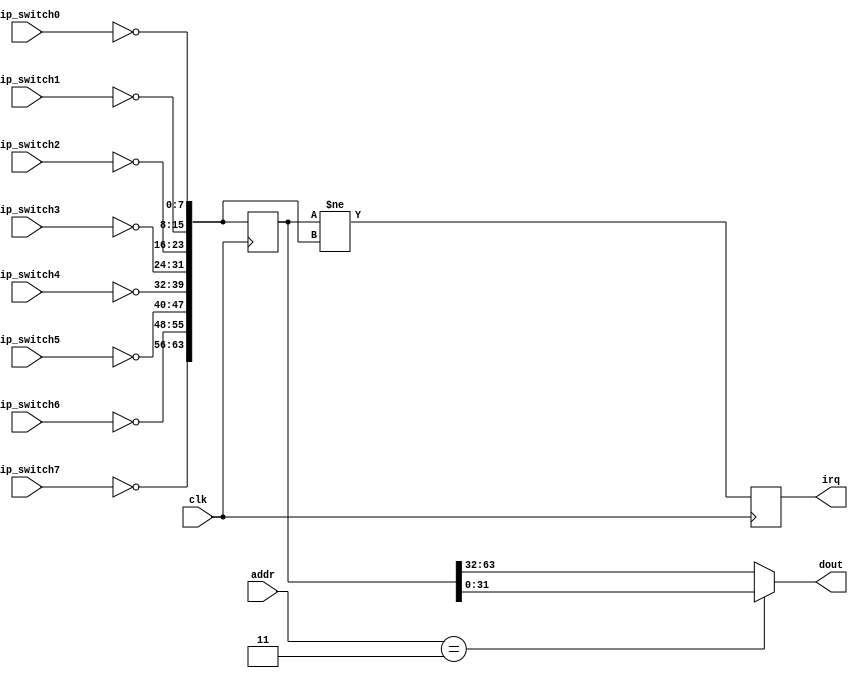
`timescale 1ns / 1ps
//////////////////////////////////////////////////////////////////////////////////
// Company: 
// Engineer: 
// 
// Design Name: 
// Module Name:    switch64 
// Project Name: 
// Target Devices: 
// Tool versions: 
// Description: 
//
// Dependencies: 
//
// Revision: 
// Revision 0.01 - File Created
// Additional Comments: 
//
//////////////////////////////////////////////////////////////////////////////////
module switch64(
	input clk,
	input[7:0] dip_switch0,
	input[7:0] dip_switch1,
	input[7:0] dip_switch2,
	input[7:0] dip_switch3,
	input[7:0] dip_switch4,
	input[7:0] dip_switch5,
	input[7:0] dip_switch6,	
	input[7:0] dip_switch7,
	input[2:0] addr,
	output irq,
	output[31:0] dout
    );
	 reg [63:0] sit;
	 reg inter;
	 wire [63:0] sitwi;
	 assign dout = (addr==3'b011)?sit[31:0]:sit[63:32];
	assign sitwi = {~dip_switch7,~dip_switch6,~dip_switch5,~dip_switch4,~dip_switch3,~dip_switch2,~dip_switch1,~dip_switch0};
	assign irq = inter;
	always@(posedge clk)begin
	/*
		if(!rst)begin
			sit<=64'hffff_ffff_ffff_ffff;
			inter<=1'b0;
		end
		*/
		//else begin
			sit<= sitwi;
			inter<=(sit!=sitwi);
		//end
	end

endmodule